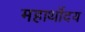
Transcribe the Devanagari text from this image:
महार्थोदय